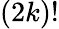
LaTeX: (2k)!